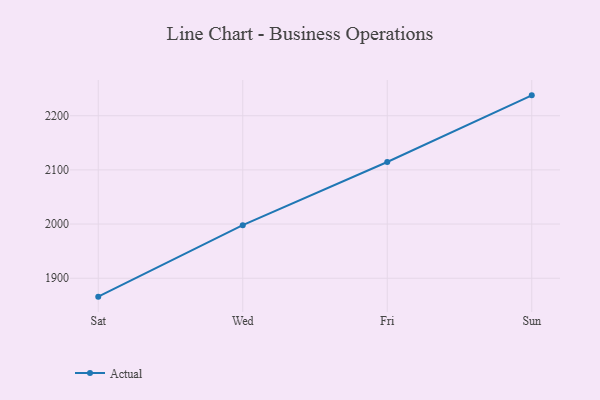
{"axis": {"x": "Day", "y": "Inventory Turnover"}, "legend": ["Actual"], "data": [{"x": "Sat", "y": 1866.0, "type": "Actual"}, {"x": "Wed", "y": 1998.0, "type": "Actual"}, {"x": "Fri", "y": 2114.6, "type": "Actual"}, {"x": "Sun", "y": 2237.6, "type": "Actual"}]}